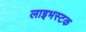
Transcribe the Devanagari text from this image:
लाइभस्टक